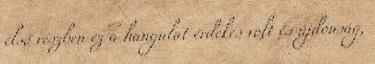
első részben ez a hangulat érdekes volt és újdonság,